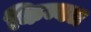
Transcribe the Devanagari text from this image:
किम्बल